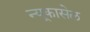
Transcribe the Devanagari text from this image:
न्यूकासेल